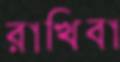
রাখিবা